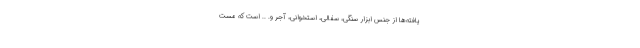
یافته‌ها از جنس ابزار سنگی، سفالی، استخوانی، آجر و. .. است که مست